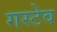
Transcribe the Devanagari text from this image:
गस्टेव